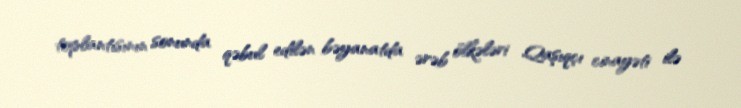
toplantısının sonunda qəbul edilən bəyanatda ərəb ölkələri Qaşıqçı cinayəti ilə